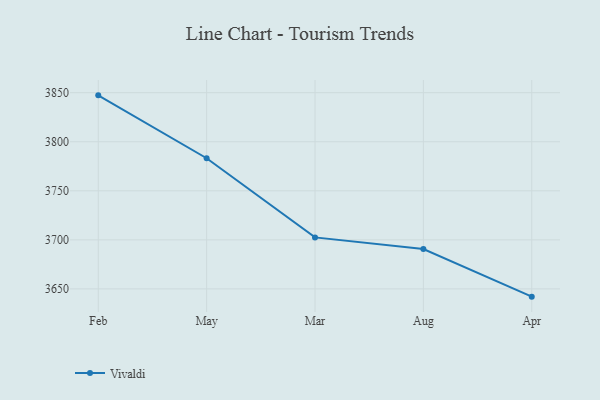
{"axis": {"x": "Month", "y": "Tickets Resolved"}, "legend": ["Vivaldi"], "data": [{"x": "Feb", "y": 3847.3, "type": "Vivaldi"}, {"x": "May", "y": 3783.2, "type": "Vivaldi"}, {"x": "Mar", "y": 3702.5, "type": "Vivaldi"}, {"x": "Aug", "y": 3690.7, "type": "Vivaldi"}, {"x": "Apr", "y": 3642.1, "type": "Vivaldi"}]}